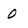
Character: 0